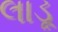
લાડૂ